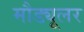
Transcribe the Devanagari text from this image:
मौड्यूलर